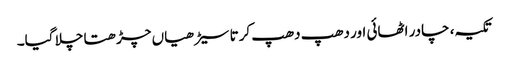
تکیہ، چادر اٹھائی اور دھپ دھپ کرتا سیڑھیاں چڑھتا چلا گیا۔